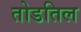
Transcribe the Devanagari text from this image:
तोडतिल